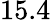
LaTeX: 15.4